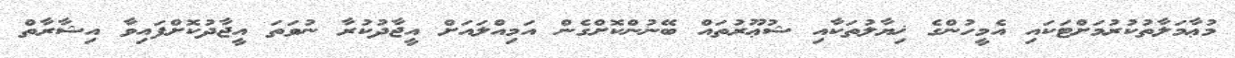
މުޢާމަލާތުކުރުމަށްޓަކައި އެމީހުންގެ ޚިޔާލުތަކާއި ޝުޢޫރުތައް ބޭނުންކޮށްގެން އަމިއްލައަށް އީޖާދުކުރާ ނުވަތަ އީޖާދުކޮށްފައިވާ އިޝާރާތް